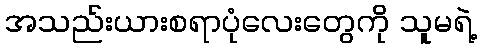
အသည်းယားစရာပုံလေးတွေကို သူမရဲ့